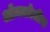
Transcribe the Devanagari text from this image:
ओनकोजींस